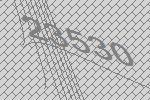
23530